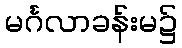
မင်္ဂလာခန်းမ၌